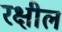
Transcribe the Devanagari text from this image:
रक्षील